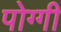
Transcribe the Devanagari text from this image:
पोग्गी